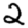
Digit: 2